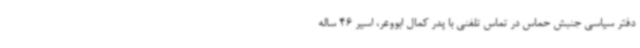
دفتر سیاسی جنبش حماس در تماس تلفنی با پدر کمال ابووعر، اسیر 46 ساله